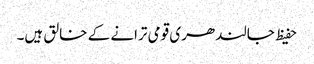
حفیظ جالندھری قومی ترانے کے خالق ہیں۔